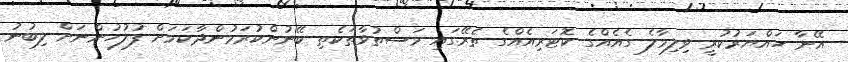
އޭނާ ހައްޔަރުކުރީ ވިލިމާލެ ގެއެއްގެ ކޮޓަރިއެއްގެ ތެރޭގައި މަސްތުވާތަކެތި ބޭނުންކުރަމުންދާކަމަށް ފުލުހުންނަށް ލިބުނު